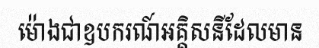
ម៉ោងជាឧបករណ៍អគ្គិសនីដែលមាន